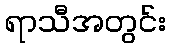
ရာသီအတွင်း